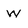
Character: w